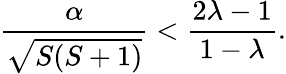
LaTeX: \frac{\alpha}{\sqrt{S(S+1)}}<\frac{2\lambda-1}{1-\lambda}.